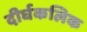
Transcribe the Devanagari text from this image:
दीर्घकलिक